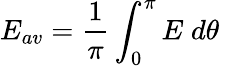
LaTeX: E_{av}=\frac{1}{\pi}\int_{0}^{\pi}E\; d\theta\;